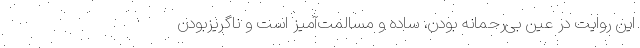
این روایت در عین بی‌رحمانه بودن، ساده و مسالمت‌آمیز است و ناگریزبودن